Scottish Leaving Certificate Examination, 1958
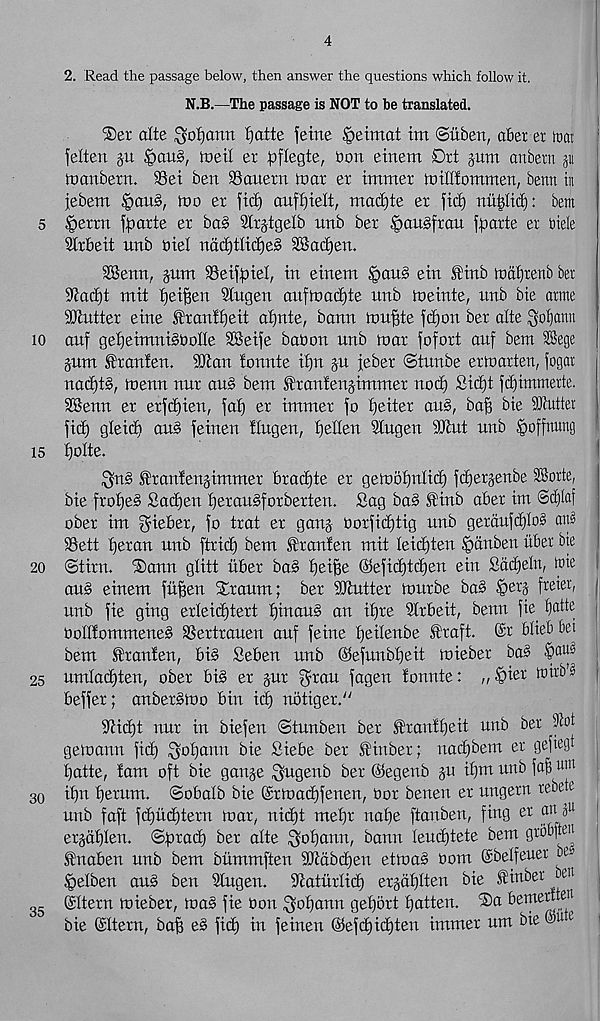
4
2. Read the passage below, then answer the questions which follow it.
N.B.—The passage is NOT to be translated.
®er alte ^ofjanti Ijatte feme £>etmat im ©itben, abet et itiai
felten gu giauS, Weil er pflegte, bon einem Drt pm anbetn
ioanbetn. 95et ben SSanexn mar et tmmer milllommen, benn tit
iebem §au§, mo er fid) auffjielt, mat^te er fid) nii|lid): bem
5 §errn f^arte er bas Slrjtgelb unb ber ^auSfran fpatte er btele
Slrbeit unb btel nctc£)tltd)e§ 28ad)en.
SBenn, pm 93etfpiel, in einem §au§ ein tinb mafireiib bet
iJiadit mit fjei^en Stngen aufmadjte unb meinte, unb bie atme
flutter eine It'ranifjeit al)nte, bann mugte fdjon ber alte ^o^atm
10 anf gefieimniSbolIe SBeije babon unb mar fofort auf bem 2Sege
pm Itanten. 50 can tonnte if)n p jeber ©tnnbe er marten, fogar
nad)t§, menu nut au§ bem franfenjimmer nod) 8id)t fclgimmerte.
SBenn er erfdjien, fat) er immer fo Ifeiter au§, bafi bie iOtutter
fid) gleid) aus feinen tlugen, tgeflen Stugen tOcut unb .^offttung
is tjolte.
^ns f rantengimmer bradgte er gembfjnlid) fdgetgenbe SBorte,
bie frot)e§ Sad)en f>eran§forberten. Sag ba§ isHnb abet im @cf)tof
ober im $ieber, fo trat er ganj borfii^tig nnb gerdufd)lo§ ans
Sett fjeran unb ftrid) bem .fitanfen mit leidgten .^dnbeu liber bte
20 @tirn. ®ann glitt liber ba§ fgeifie ©efid)td)en ein Sadjeln, ibie
au§ einem fliffen Straum; ber Stutter murbe ba§ §erg freier, |
unb fie ging erteidftett tginaus an itjre Blrbeit, benn fie^ t)atte
bolltommeneb Sertrauen auf feme tjeilenbe Straft. (Sr bliebtei
bem tranten, bi§ Seben unb ©efunbfjeit mieber ba3
25 umladjten, ober bi§ er pr grau fagen tonnte: „§iet tbirb’^
beffer; anber§mo bin id) nbtiger. y/
Sidgt nur in biefen ©tunben ber ^rantfjeit unb ber jtot
gemann fid) $ot)ann bie Siebe ber £inber; nadjbem er gefiegt
tjatte, tarn oft bie gauge ^ugenb ber ©egenb p it)m unb fafi 11111
30 it)n tjerum. ©obalb bie (Srmadgfenen, Oor benen er ungern rebete
unb faft fd)lid)tern mar, nid)t mefjr naf)e ftanben, fing er an a 11
ergdt)len. ©prad) ber alte $ot)ann, bann leud)tete bem grot# 1 '
fnaben unb bem blimmften Stdbdfen etma§ oom (Sbelfeuet be
§elben au§ ben Stugen.
Scatlirlid) ergdl)lten bie finber ben
©Item mieber, ma§ fie Oon ^of)ann get)5rt fatten.
bemeriten
bie ©Item, bafj e§ fid) in feinen ©efd)id)ten immer um bie ©u e
35